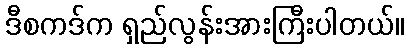
ဒီစကဒ်က ရှည်လွန်းအားကြီးပါတယ်။